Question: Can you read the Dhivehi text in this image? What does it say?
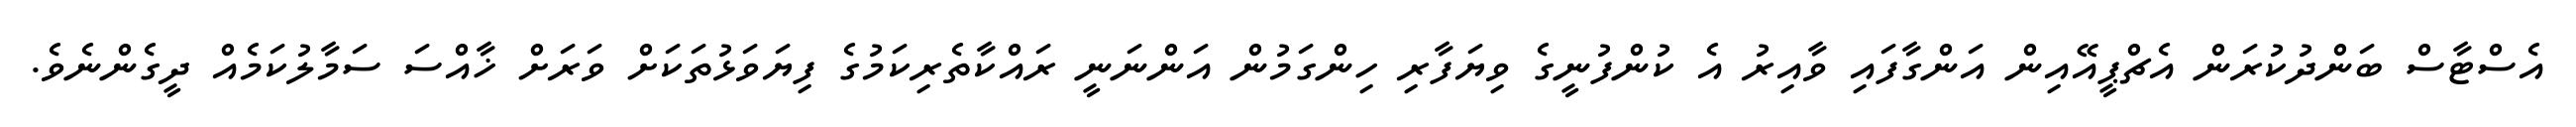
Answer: އެސްޓާސް ބަންދުކުރަން އެޗްޕީއޭއިން އަންގާފައި ވާއިރު އެ ކުންފުނީގެ ވިޔަފާރި ހިންގަމުން އަންނަނީ ރައްކާތެރިކަމުގެ ފިޔަވަޅުތަކަށް ވަރަށް ޚާއްސަ ސަމާލުކަމެއް ދީގެންނެވެ.